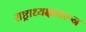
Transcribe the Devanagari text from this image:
राष्ट्राध्यक्षावरून